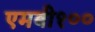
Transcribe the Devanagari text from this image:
एमबी१००